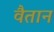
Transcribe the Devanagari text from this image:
वैतान